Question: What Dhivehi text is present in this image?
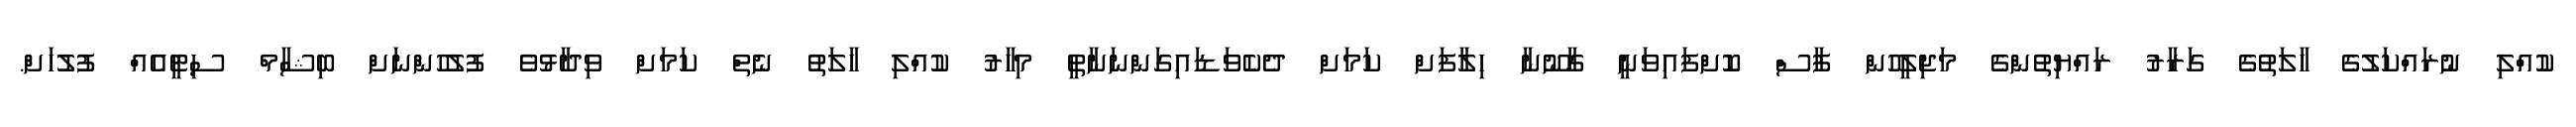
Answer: ކުއްލި ނުރައްކަލުގެ ހާލަތުގެ ގަރާރު ރައްޔިތުންގެ މަޖިލީހުން ފާސް ކޮށްފައިވަނީ ގާނޫނާ ހިލާފަށް ކަމަށް ދެކެވަޑައިގަންނަނާތީ މިހާރު ކުއްލި ހާލަތު ނެތް ކަމަށް ވިދާޅުވެ ފުލުހުންނަށް ބިޝާމް ސިޓީއެއް ފުލުހަށް.